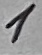
Text: 1